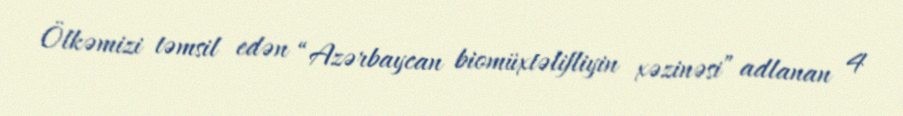
Ölkəmizi təmsil edən “Azərbaycan biomüxtəlifliyin xəzinəsi” adlanan 4